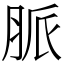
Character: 脈